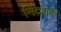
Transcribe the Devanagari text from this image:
निदशक